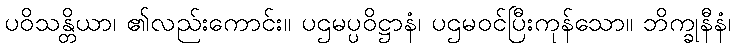
ပဝိသန္တိယာ၊ ၏လည်းကောင်း။ ပဌမပ္ပဝိဋ္ဌာနံ၊ ပဌမဝင်ပြီးကုန်သော။ ဘိက္ခုနီနံ၊